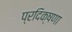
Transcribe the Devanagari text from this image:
प्रदिक्षणा